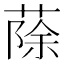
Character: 蒢